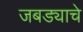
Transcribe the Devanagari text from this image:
जबड्याचे